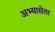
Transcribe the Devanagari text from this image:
अभ्यासेतर